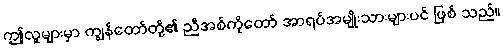
ဤလူများမှာ ကျွန်တော်တို့၏ ညီအစ်ကိုတော် အာရပ်အမျိုးသားများပင် ဖြစ် သည်။